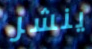
ينشر